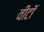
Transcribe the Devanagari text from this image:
वीटॉ